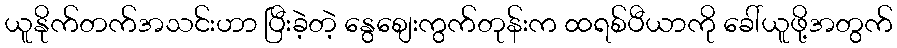
ယူနိုက်တက်အသင်းဟာ ပြီးခဲ့တဲ့ နွေစျေးကွက်တုန်းက ထရစ်ပီယာကို ခေါ်ယူဖို့အတွက်